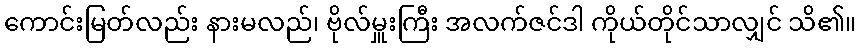
ကောင်းမြတ်လည်း နားမလည်၊ ဗိုလ်မှူးကြီး အလက်ဇင်ဒါ ကိုယ်တိုင်သာလျှင် သိ၏။